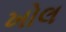
ખોલ